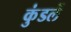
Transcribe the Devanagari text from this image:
कुंडलें